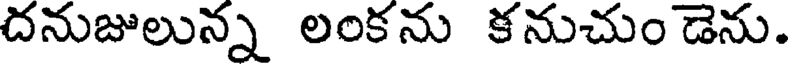
దనుజులున్న లంకను కనుచుం డెను.